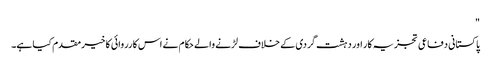
"
پاکستانی دفاعی تجزیہ کار اور دہشت گردی کے خلاف لڑنے والے حکام نے اس کارروائی کا خیرمقدم کیا ہے۔